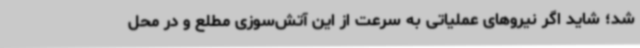
شد؛ شاید اگر نیروهای عملیاتی به سرعت از این آتش‌سوزی مطلع و در محل